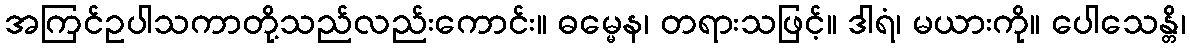
အကြင်ဥပါသကာတို့သည်လည်းကောင်း။ ဓမ္မေန၊ တရားသဖြင့်။ ဒါရံ၊ မယားကို။ ပေါသေန္တိ၊